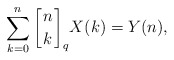
\begin{align*}\sum_{k=0}^{n}\bigg[\genfrac{}{}{0pt}{}{n}{k}\bigg]_qX(k)=Y(n),\end{align*}